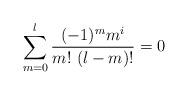
LaTeX: \begin{align*}\sum_{m=0}^l \frac{(-1)^m m^i}{m!\ (l-m)!}=0\end{align*}